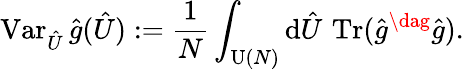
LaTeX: \operatorname{Var}_{\hat{U}}\hat{g}(\hat{U}):=\frac{1}{N}\int_{\operatorname{U}(N)}\mathrm{d}\hat{U}\, \operatorname{Tr}(\hat{g}^{\dag}\hat{g}).